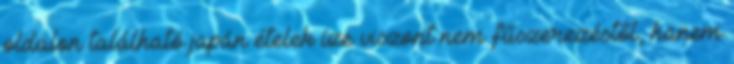
oldalon található japán ételek íze viszont nem fűszerezéstől, hanem